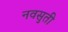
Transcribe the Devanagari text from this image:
नवसुती